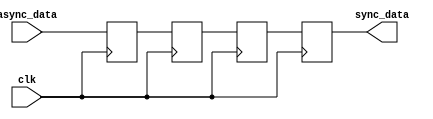
module triple_ff_synchronizer (
    input  wire      clk,       // Synchronous clock signal
    input  wire      async_data, // Asynchronous input signal
    output reg       sync_data   // Synchronized output signal
);

    // Internal flip-flops
    reg ff1, ff2, ff3;

    always @(posedge clk) begin
        ff1 <= async_data; // First flip-flop captures the asynchronous input
        ff2 <= ff1;        // Second flip-flop captures the output of the first
        ff3 <= ff2;        // Third flip-flop captures the output of the second
        sync_data <= ff3;  // Final synchronized output
    end

endmodule